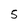
Character: 5